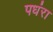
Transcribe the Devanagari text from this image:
पधंरा